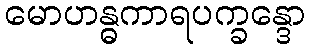
မောဟန္ဓကာရပက္ခန္ဒော